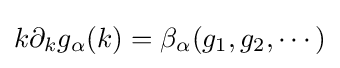
k\partial _{k}g_{\alpha }(k)=\beta _{\alpha }(g_{1},g_{2},\cdots )